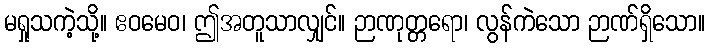
မရှုသကဲ့သို့။ ဧဝမေဝ၊ ဤအတူသာလျှင်။ ဉာဏုတ္တရော၊ လွန်ကဲသော ဉာဏ်ရှိသော။